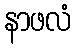
နာဖလံ